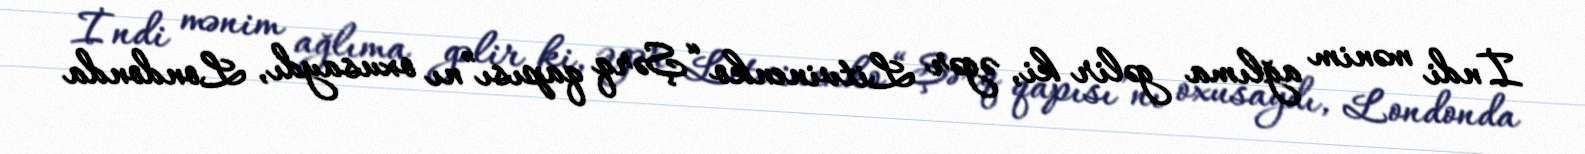
İndi mənim ağlıma gəlir ki, əgər Litvinenko “Şərq qapısı”nı oxusaydı, Londonda